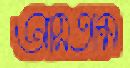
আসতাম